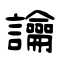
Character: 讑